Rangoon Lunatic Asylum 1878-1892 - 1878-1892
Year: 1878
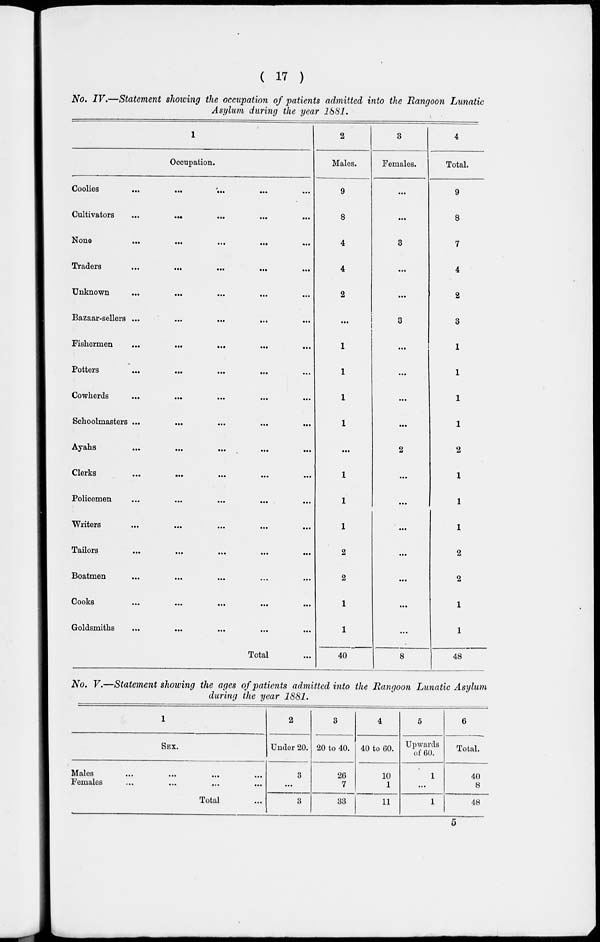
( 17 )
No. IV.—Statement showing the occupation of patients admitted into the Rangoon Lunatic
Asylum during the year 1881.
1
Occupation.
Coolies
...
...
...
...
...
Cultivators
...
...
...
...
...
None
...
...
...
...
...
Traders
...
...
...
...
...
Unknown
...
...
...
...
...
Bazaar-sellers ... ... ... ... ...
Fishermen ... ... ... ... ...
Potters
...
...
...
...
Cowherds
...
...
...
...
...
Schoolmasters ... ... ... ... ...
Ayahs
...
...
...
...
...
Clerks
...
...
...
...
...
Policemen
...
...
...
...
...
Writers
...
...
...
...
...
Tailors ...
...
...
...
...
Boatmen
...
...
...
...
...
Cooks
...
...
...
...
...
Goldsmiths ... ... ... ...
Total ...
2
Males.
9
8
4
4
2
...
1
1
1
1
...
1
1
1
2
2
1
1
40
3
Females.
...
...
3
...
...
3
...
...
...
...
2
...
...
...
...
...
...
...
8
4
Total.
9
8
7
4
2
3
1
1
1
1
2
1
1
1
2
2
1
1
48
No. V.—Statement showing the ages of patients admitted into the Rangoon Lunatic Asylum
during the year 1881.
1
SEX.
Males
...
...
...
...
Females ... ... ... ...
Total ...
2
Under 20.
3
...
3
3
20 to 40.
26
7
33
4
40 to 60.
10
1
11
5
Upwards
of 60.
1
...
1
6
Total.
40
8
48
5